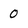
Character: 0